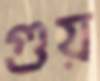
গুয়